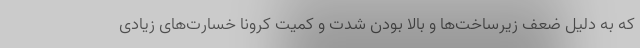
که به دلیل ضعف زیرساخت‌ها و بالا بودن شدت و کمیت کرونا خسارت‌های زیادی